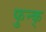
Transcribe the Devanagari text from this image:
फुन्क्